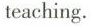
teaching.